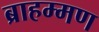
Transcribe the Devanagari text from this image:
ब्राहम्मण